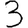
Digit: 3